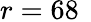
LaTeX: r=68\, \